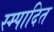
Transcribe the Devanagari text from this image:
स्म्पादित